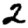
Digit: 2